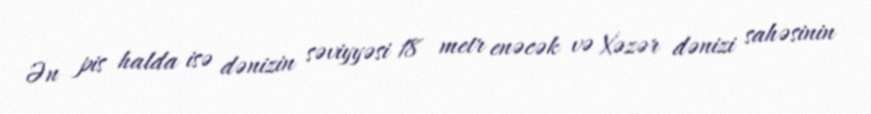
Ən pis halda isə dənizin səviyyəsi 18 metr enəcək və Xəzər dənizi sahəsinin